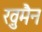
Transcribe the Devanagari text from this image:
ख़ुमैन